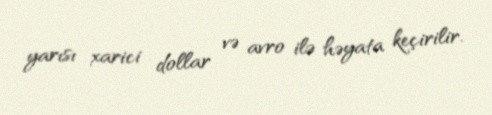
yarısı xarici dollar və avro ilə həyata keçirilir.